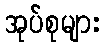
အုပ်စုများ